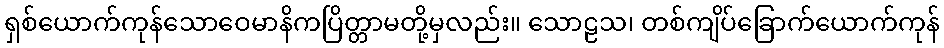
ရှစ်ယောက်ကုန်သောဝေမာနိကပြိတ္တာမတို့မှလည်း။ သောဠသ၊ တစ်ကျိပ်ခြောက်ယောက်ကုန်